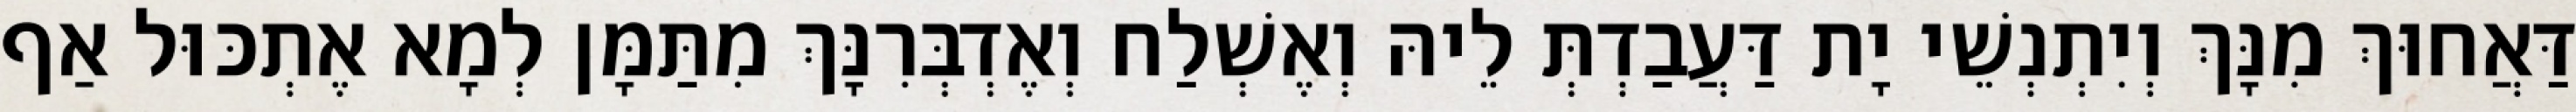
דַּאֲחוּךְ מִנָּךְ וְיִתְנְשֵׁי יָת דַּעֲבַדְתְּ לֵיהּ וְאֶשְׁלַח וְאֶדְבְּרִנָּךְ מִתַּמָּן לְמָא אֶתְכּוּל אַף